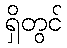
ရှိတွင်